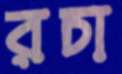
রচা